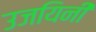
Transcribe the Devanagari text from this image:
उजयिनी